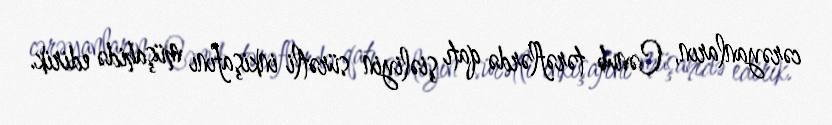
cərəyanların, Cənub tərəflərdə qatı şiəliyin sürətli inkişafını müşahidə edirik.